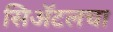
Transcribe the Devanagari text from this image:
सिॲटलचा